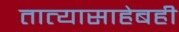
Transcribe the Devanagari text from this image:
तात्यासाहेबही